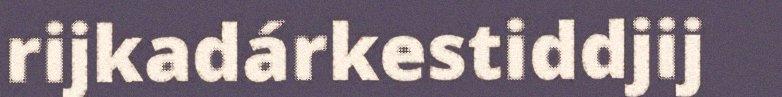
rijkadárkestiddjij